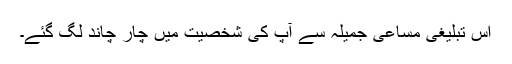
اس تبلیغی مساعی جمیلہ سے آپ کی شخصیت میں چار چاند لگ گئے۔